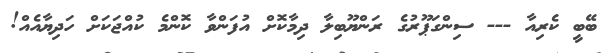
ބޭބީ ކެރިއާ --- ސިންގަޕޫރުގެ ރަންޔޫބިލާ ދިމާކޮށް އުފަންވާ ކޮންމެ ކުއްޖަކަށް ހަދިޔާއެއް!